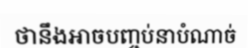
ថានឹងអាចបញ្ចប់នាបំណាច់